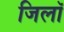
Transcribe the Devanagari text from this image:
जिलॉ